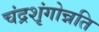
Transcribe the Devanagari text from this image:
चंद्रशृंगोन्नति